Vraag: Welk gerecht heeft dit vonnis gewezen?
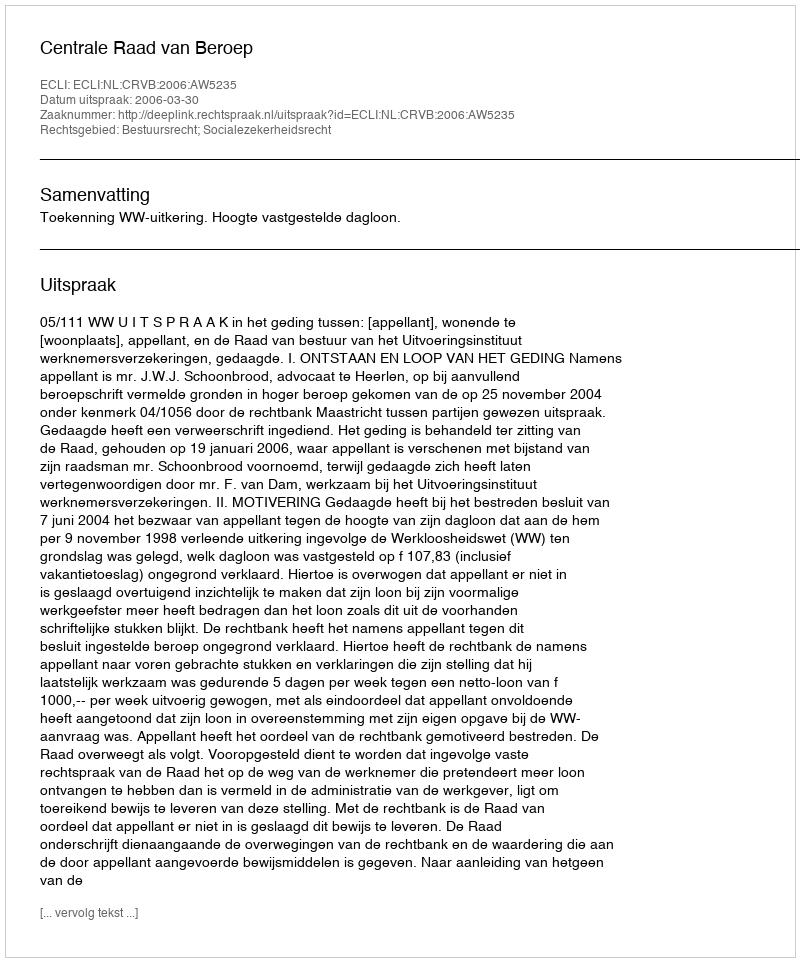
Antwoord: Centrale Raad van Beroep